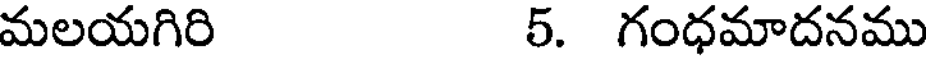
మలయగిరి 5. గంధమాదనము